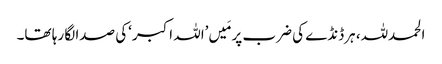
الحمدللہ، ہرڈنڈے کی ضرب پر مَیں’اللہ اکبر‘کی صدا لگا رہا تھا۔